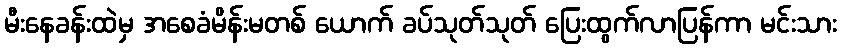
မီးနေခန်းထဲမှ အစေခံမိန်းမတစ် ယောက် ခပ်သုတ်သုတ် ပြေးထွက်လာပြန်ကာ မင်းသား